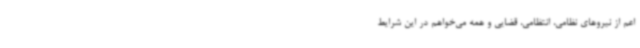
اعم‌ از نیروهای نظامی، انتظامی، قضایی و همه می‌خواهم در این شرایط